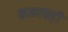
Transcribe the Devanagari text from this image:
काळासही